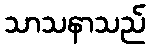
သာသနာသည်